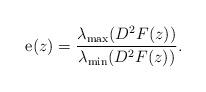
LaTeX: \begin{align*}{\rm e}(z)=\frac{\lambda_{\rm max}(D^2F(z))}{\lambda_{\rm min}(D^2F(z))}.\end{align*}